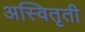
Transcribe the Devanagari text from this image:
अस्वितृती